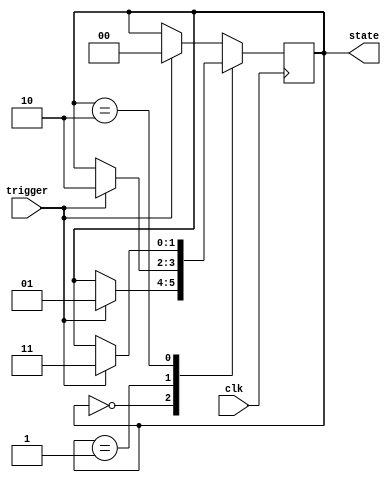
// Bradyn Hinman
// 3/15/2023
// Skeeball State Machine

module skeeballState(clk, trigger, state);
	input clk, trigger;
	output [1:0] state;
	
	reg [1:0] state;
	
	always @ (posedge clk)
		begin
		case(state)
			2'b00: if(trigger) state = 2'b01; // Start Menu > Playing
			2'b01: if(trigger) state = 2'b10; // Playing > Finish
			2'b10: if(trigger) state = 2'b11; // Finish > Last Score
			default: if(trigger) state = 2'b00; // Last Score > Start Menu
			endcase
		end
endmodule

module skeeballStateDecode(state, menuState, playingState, finishState, scoreState);
	input [1:0] state;
	output menuState, playingState, finishState, scoreState;
	
	assign menuState = ~state[1] & ~state[0];
	assign playingState = ~state[1] & state[0];
	assign finishState = state[1] & ~state[0];
	assign scoreState = state[1] & state[0];
	
endmodule